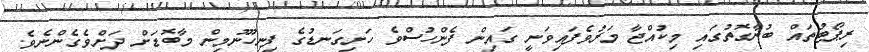
ރިޕޯޓުތައް ބުނާގޮތުގައި މިކުއްޖާ މަރުވެފައިވަނީ ގައިން ފެންހުސްވެ ހަށިގަނޑުގެ ފިނިހޫނުމިން މާބޮޑަށް ދަށްވެގެންނެވެ.